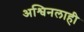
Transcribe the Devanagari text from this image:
अश्विनलाही